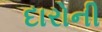
દારોની